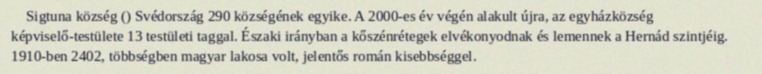
Sigtuna község () Svédország 290 községének egyike. A 2000-es év végén alakult újra, az egyházközség képviselő-testülete 13 testületi taggal. Északi irányban a kőszénrétegek elvékonyodnak és lemennek a Hernád szintjéig. 1910-ben 2402, többségben magyar lakosa volt, jelentős román kisebbséggel.